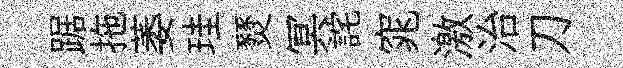
踞拖萎珪燹冥詫窕激治刀